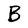
Character: B